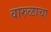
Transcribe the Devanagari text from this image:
वारुळाचा